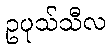
ဥပုသ်သီလ